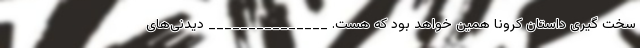
سخت گیری داستان کرونا همین خواهد بود که هست. _______________ دیدنی‌های